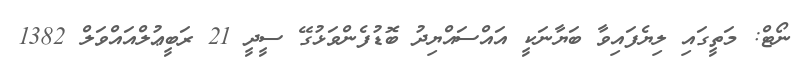
ނޯޓް: މަތީގައި ލިޔެފައިވާ ބަޔާނަކީ އައްސައްޔިދު ބޮޑުފެންވަޅުގޭ ސީދީ 21 ރަބީޢުލްއައްވަލް 1382